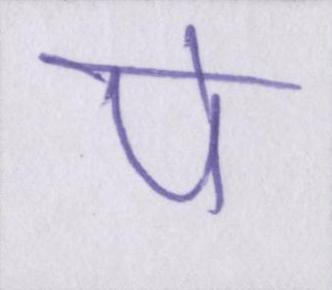
पे